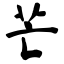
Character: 芒